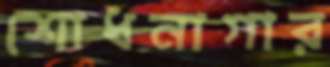
শোধনাগার